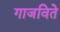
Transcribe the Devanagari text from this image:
गाजविते